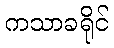
ကသာခရိုင်